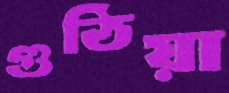
গুঠিয়া